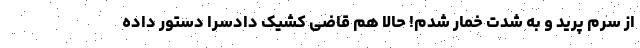
از سرم پرید و به شدت خمار شدم! حالا هم قاضی کشیک دادسرا دستور داده